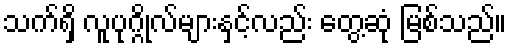
သက်ရှိ လူပုဂ္ဂိုလ်များနှင့်လည်း တွေ့ဆုံ မြစ်သည်။